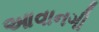
આવાનગી